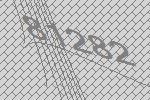
81282